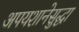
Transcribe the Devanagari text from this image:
अपयशानेसुद्धा